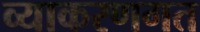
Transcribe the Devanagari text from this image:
व्याकरणगत